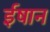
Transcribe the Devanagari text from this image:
ईषान